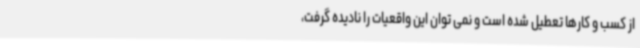
از کسب و کارها تعطیل شده است و نمی توان این واقعیات را نادیده گرفت،